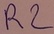
Text: R2